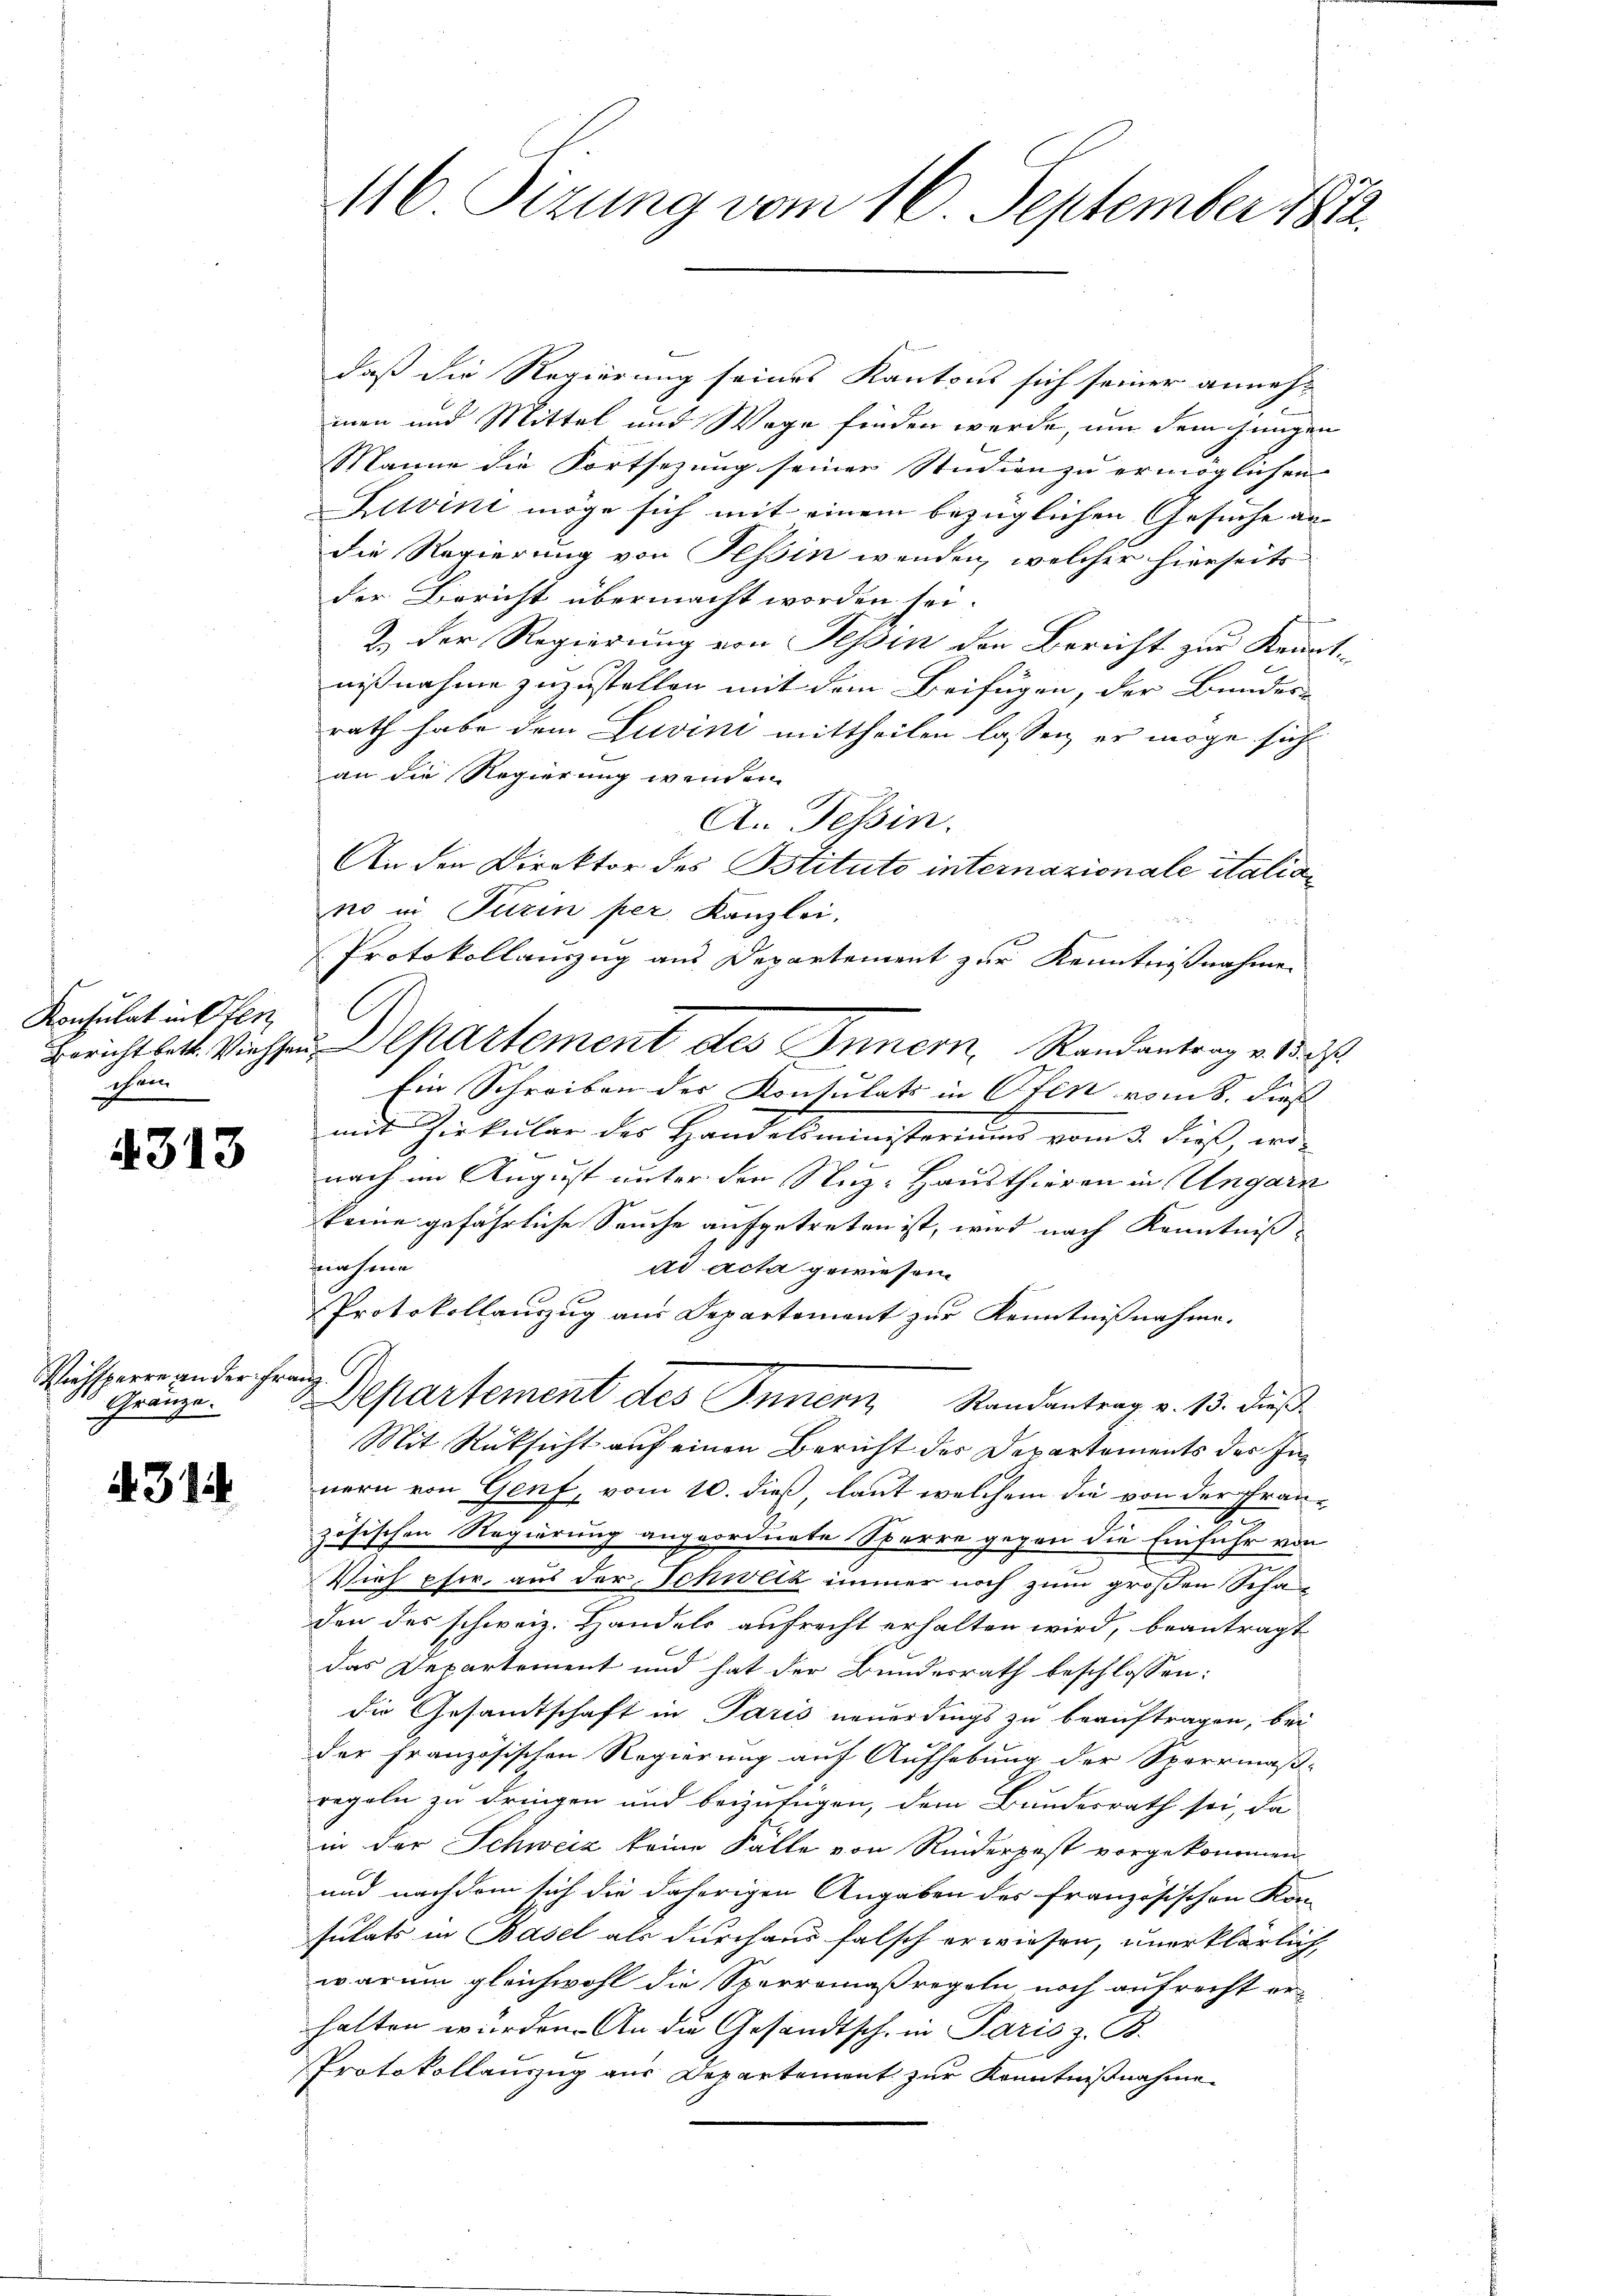
Konsulat in Ofen
Schen

4313

Viehsperre an der Franz
 Gränze.

4314

116. Sizung vom 16. September 1812.

daß die Regierung seines Kantons sich seiner annehmen und Mittel und Wege finden werde, um dem jungen
Manne die Fortsezung seiner Studien zu ermöglichen
Zuvini möge sich mit einem bezüglichen Gesuche andie Regierung von Tessin wenden, welcher hierseits
der Bericht übermacht worden sei.
Z. Der Regierung von Tessin den Bericht zur Kenntnißnahme zuzustellen mit dem Beifügen, der Bunder-
rath habe dem Luvini mittheilen lassen, er möge sich
an die Regierung wenden.
e
A. Tessin.
An der Direktor des Bstituto internazionale italiano in Turin per. Kanzlei.
Protokollanzug aus Departement zur Kenntnißnahme
E
Ein Schreiben der Kontulats in Ofen vom 8. dies
mit Zirkular des Handelsministerium vom 2. dieß, wer-

nach im August unter den Nuz-Hausthieren in Ungarn
keine gefährliche Seuche aufgetreten ist, wird nach Kenntniß
fnahme
dd Acta gewiesen.
Protokollauszug aus Departement zur Kenntnißnahme.
2 Departement des Innern Randantrag v. 13. dieß
Mit Rücksicht auf einen Bericht des Departements der Innern von Genf, vom 10. dieß, laut welchem die von der Fran¬
2
zösischen Regierung angeordnete Sperre gegen die Einfuhr von
Vieh pfer, aus der Schweiz immer noch zum großen Scha
den des schweiz. Handels aufrecht erhalten wird, beantragt
das Departement und hat der Bundesrath beschlossen:
die Gesandtschaft in Paris neuerdings zu beauftragen, bei
der französischen Regierung auf Aufhebung der Sperrmaß-
regeln zu dringen und beizufügen, dem Bundesrath sei, da
in der Schweiz keine Fälle von Rinderpest vorgekommen
und nachdem sich die daherigen Angaben des französischen Kon-
sutats in Basel als durchaus falsch erwiesen, unerklärlich
warum gleichwohl die Sperromaßregeln noch aufrecht er-
halten wurden. An die Gesandtsch. in Paris z. B.
Protokollauszug aus Departement zur Kenntnißnahme

Berichtbett. Viehen Departement des Innern, Randantrag v. 13.